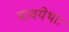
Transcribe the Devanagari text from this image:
भावयेथाः